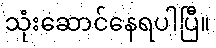
သုံးဆောင်နေရပါပြီ။